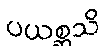
ပယစ္ဆသိ